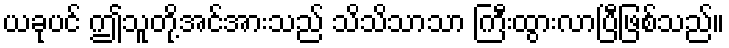
ယခုပင် ဤသူတို့အင်အားသည် သိသိသာသာ ကြီးထွားလာပြီဖြစ်သည်။